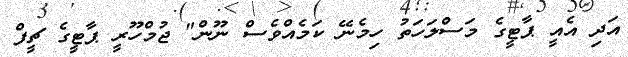
އަދި އެއީ ޕާޓީގެ މަސްލަހަތު ހިމެނޭ ކަމެއްވެސް ނޫން" ޖުމްހޫރީ ޕާޓީގެ ޗީފް